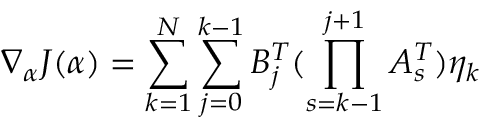
\nabla _ { \alpha } J ( \alpha ) = \sum _ { k = 1 } ^ { N } \sum _ { j = 0 } ^ { k - 1 } B _ { j } ^ { T } ( \prod _ { s = k - 1 } ^ { j + 1 } A _ { s } ^ { T } ) \eta _ { k }